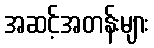
အဆင့်အတန်းများ